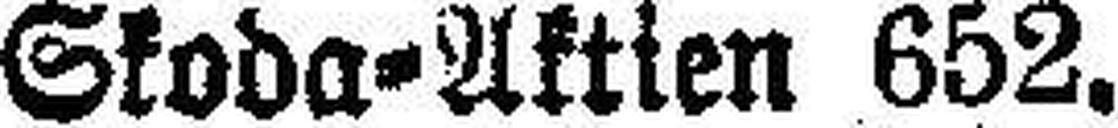
Skoda=Aktien 652.